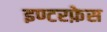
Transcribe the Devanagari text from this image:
इण्टरफ़ेस